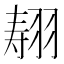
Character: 𰭣